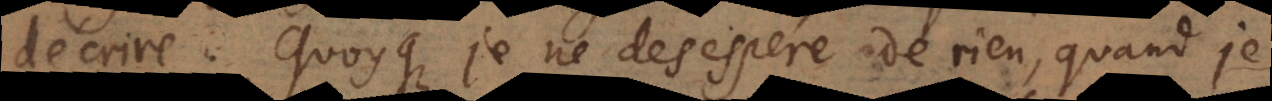
décrire. Quoyque je ne desespere de rien, quand je